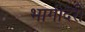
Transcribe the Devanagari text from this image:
भागीदरी